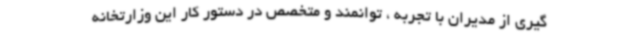
گیری از مدیران با تجربه ، توانمند و متخصص در دستور کار این وزارتخانه